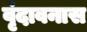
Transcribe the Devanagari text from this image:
वृंदावनास